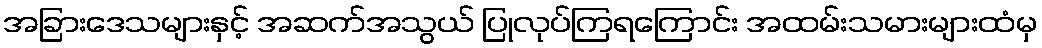
အခြားဒေသများနှင့် အဆက်အသွယ် ပြုလုပ်ကြရကြောင်း အထမ်းသမားများထံမှ